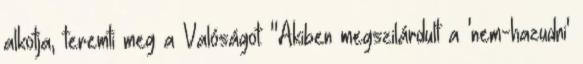
alkotja, teremti meg a Valóságot: "Akiben megszilárdult a 'nem-hazudni'